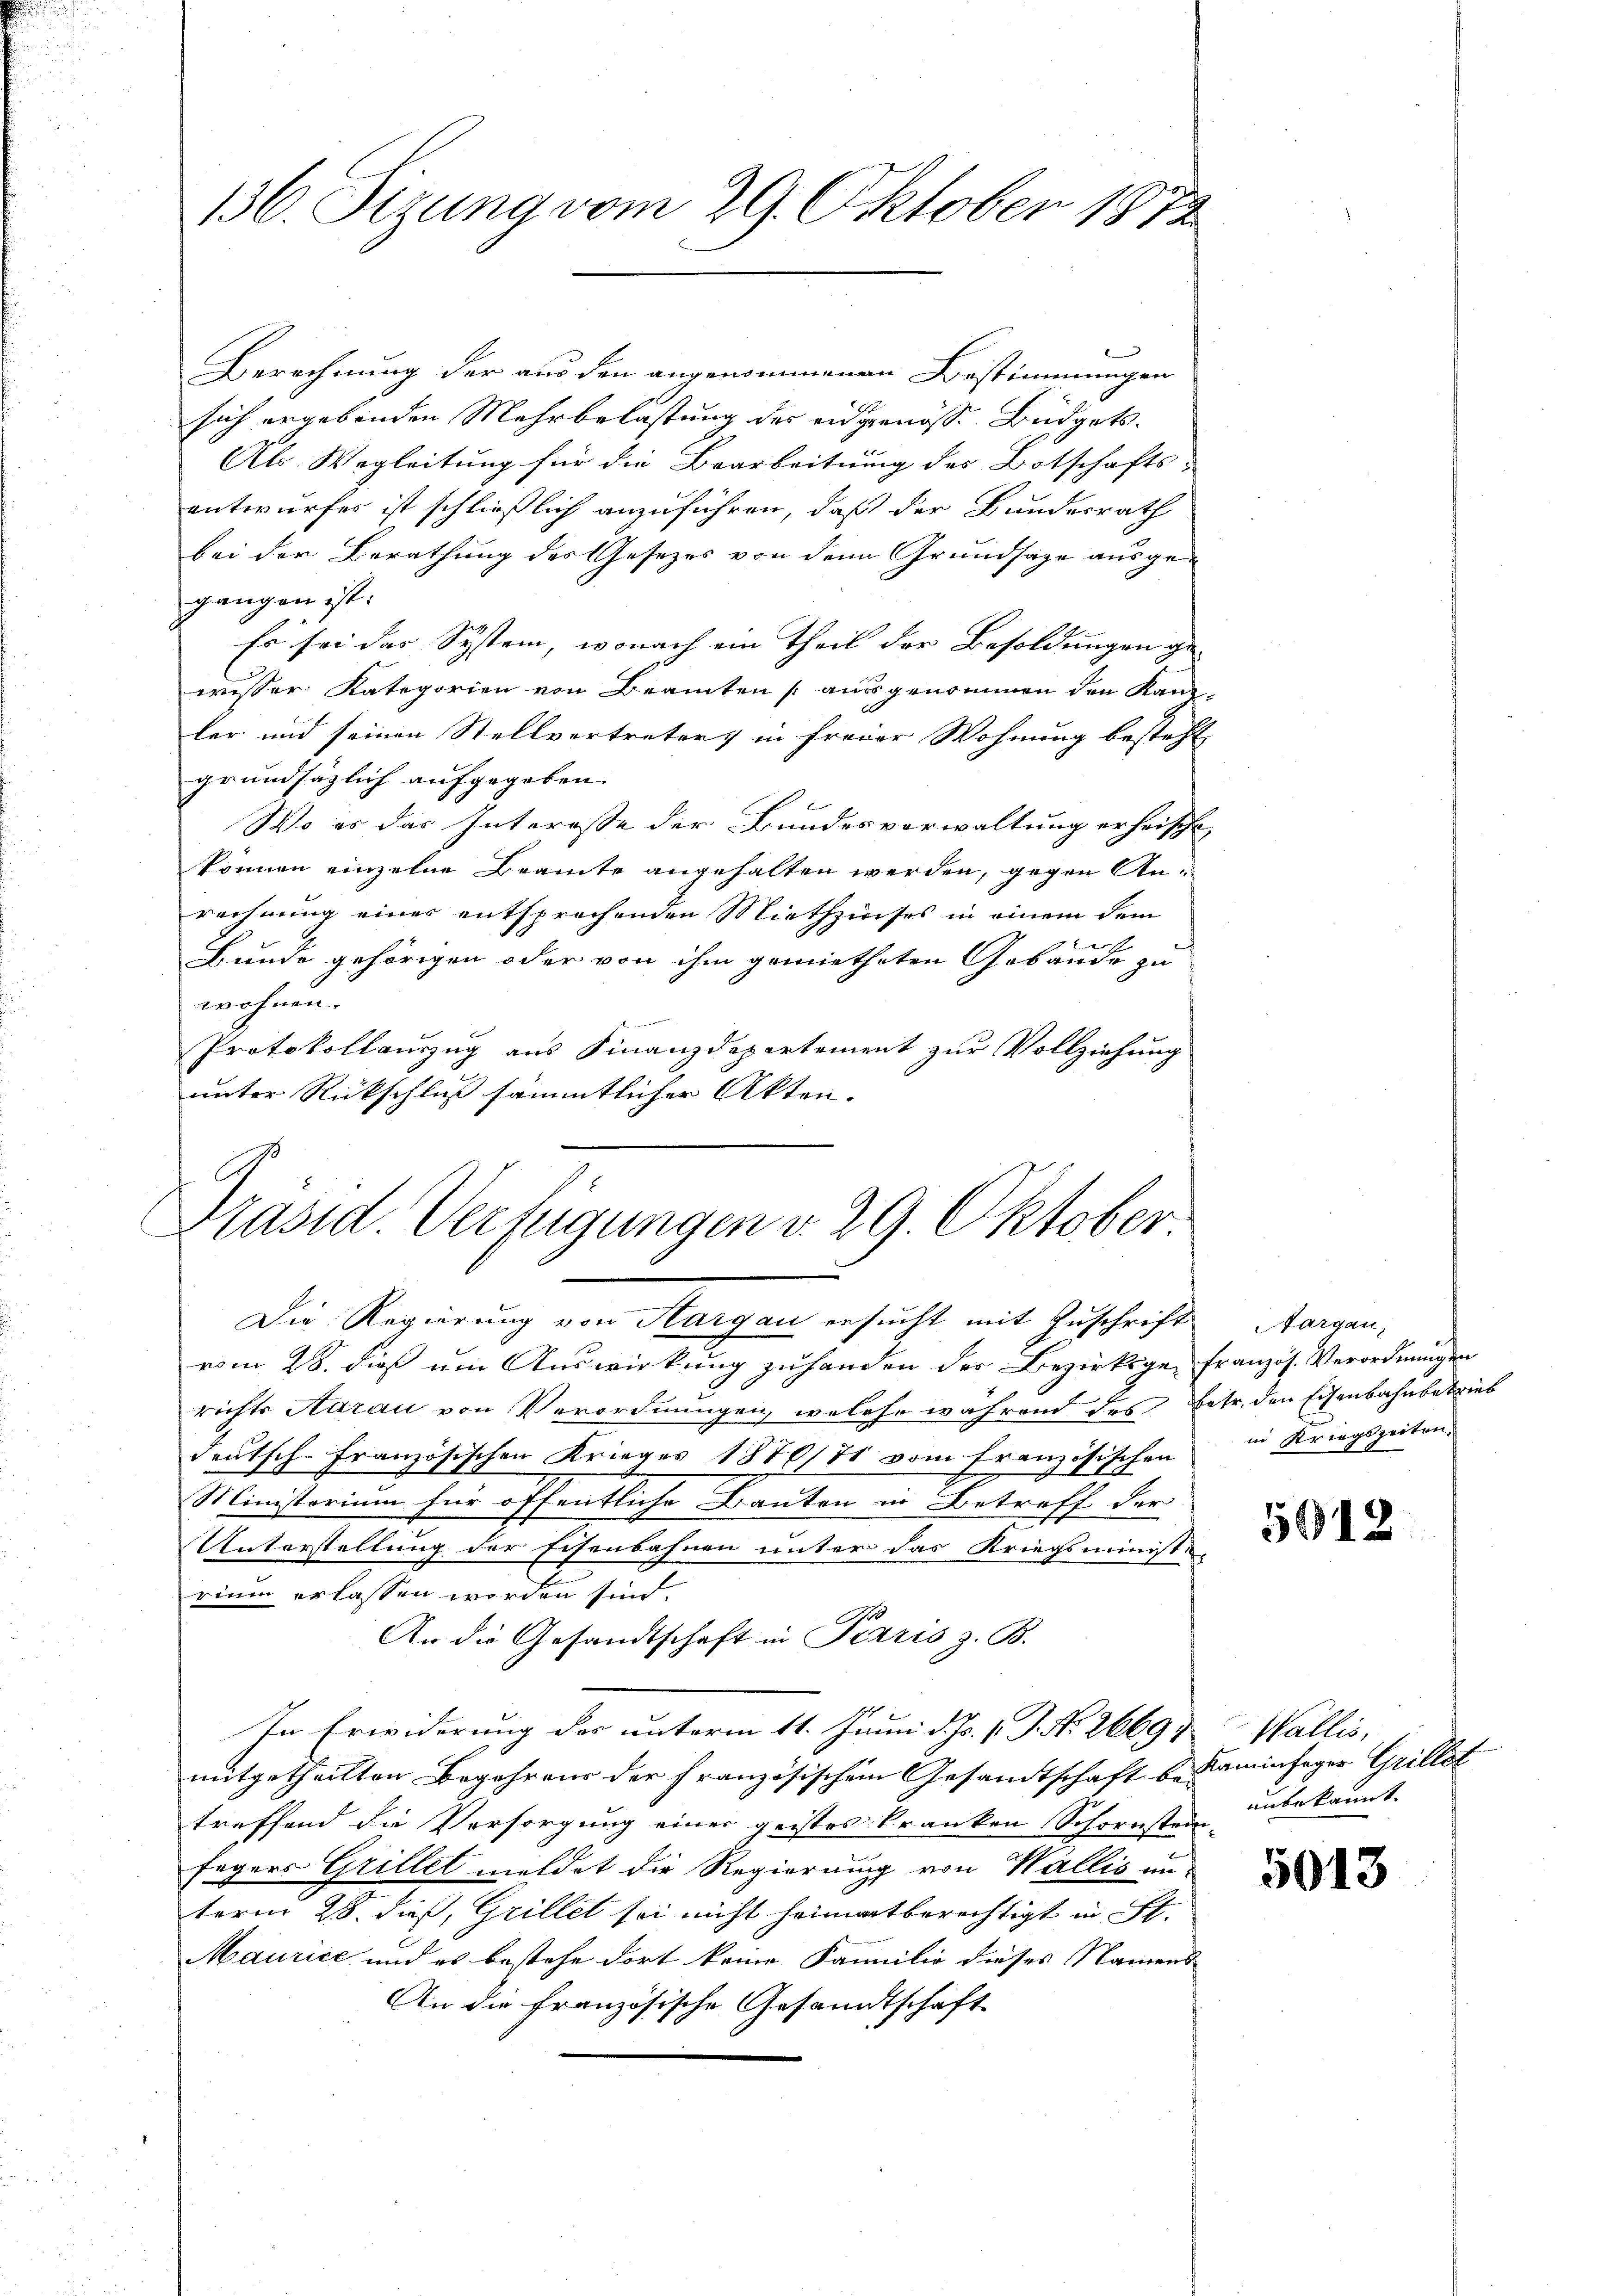
136. Sizung vom 29. Oktober 1872

Berechnung der aus den angenommenen Bestimmungen
sich ergebenden Mehrbelastung des eidgenosse Büdgets
Als Wegleitung für die Bearbeitung des Botschafts-
entwurfes ist schließlich anzuführen, daß der Bundesrath
bei der Berathung des Gesetzes von dem Grundsätze ausgegangen ist:
Es sei das System, wonach ein Theil der Besoldungen ge-
wesser Kategorien von Beamten (ausgenommen den Kanzler und seinen Stellvertreter in freier Wohnung besteht
grundsätzlich aufgegeben.
Wo es das Interesse der Bundesverwaltung erheische
können einzelne Beamte angehalten werden, gegen An-
rechnung einer entsprechenden Miethzinses in einem dem
Bunde gehörigen oder von ihm gemietheten Gebäude zu
wohnen.
Protokollauszug aus Finanzdepartement zur Vollziehung
unter Rückschluß sämmtlicher Akten.
Präsid. Verfügungen v. 29. Oktober.

Die Regierung von Hargau ersucht mit Zuschrift Aargau,
vom 28. dieß um Auswirkung zu handen des Bezirksge-Französ. Verordnungen
richts Aarau von Verordnungen, welche während des betr. den Eisenbahnbetrieb
deutsch
Französischen Krieges 1870/71 vom französischen
Ministorium für öffentliche Bauten in Betreff der
Unterstellung der Eisenbahnen unter das Kriegsministe
rium erlassen worden sind.
An die Gesandtschaft in Paris z. B.
In Erwiderung der unterm 11. Junii d. Js. v. J. No. 2669 & Wallis,
mitgetheilten Begehrens der französischem Gesandtschaft bekaminfeger Grillet
treffend die Versorgung einer geistes Kranken Schornsten unbekannt.
Fagers Grillel meldet die Regierung von Wallis an-
term 28. dieß, Grillet sei nicht heimatberechtigt in St.
Maurice und es bestehe dort keine Familie dieses Namens
An die Französische Gesandtschaft

in Kriegszeiten.

5012

5013